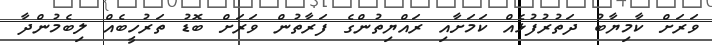
ވަަރަށް ކާމިޔާބު ދަތުރުފުޅެއް ކަަމަށާއި ރައްޔިތުންގެ ފަރާތުން ވަރަށް ބޮޑު ތަރުހީބެއް ލިބެމުންދާ